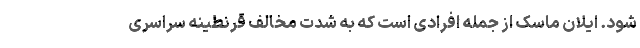
شود. ایلان ماسک از جمله افرادی است که به شدت مخالف قرنطینه سراسری